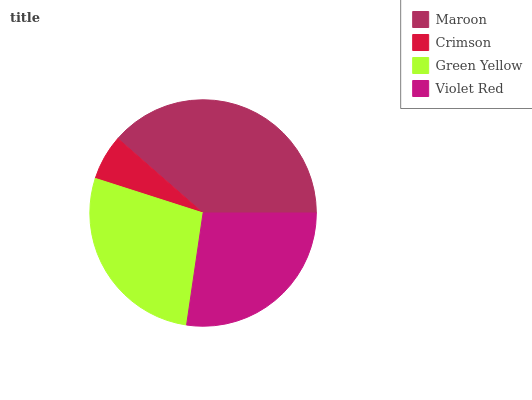
| Maroon | Crimson | Green Yellow | Violet Red |
 | --- | --- | --- | --- |
 | 38.5% | 6.49% | 27.7% | 27.4% |